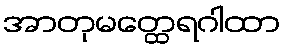
အာတုမတ္ထေရဂါထာ